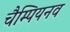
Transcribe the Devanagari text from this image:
चैम्पियनव